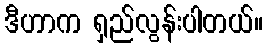
ဒီဟာက ရှည်လွန်းပါတယ်။